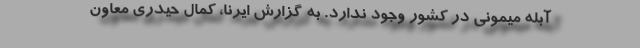
آبله میمونی در کشور وجود ندارد. به گزارش ایرنا، کمال حیدری معاون